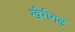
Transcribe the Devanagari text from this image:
खैरीगढ़